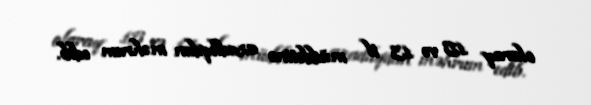
olaraq 15 və 13 il müddətinə azadlıqdan məhrum edib.